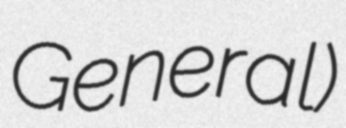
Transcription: General)